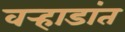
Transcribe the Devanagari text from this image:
वर्‍हाडांत